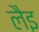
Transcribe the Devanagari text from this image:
लैइ